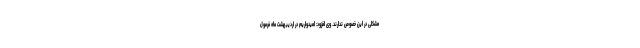
مشکلی در این خصوص ندارند. وی افزود: امیدواریم در اردیبهشت ماه فرمول